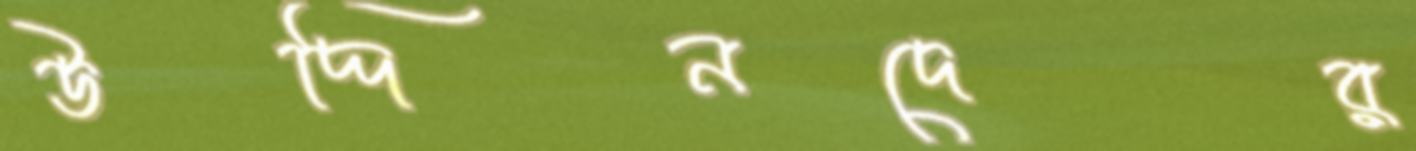
উদ্দিনদের